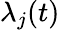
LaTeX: \lambda_{j}(t)